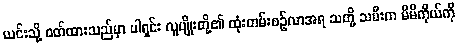
ယင်းသို့ ဝတ်ထားသည်မှာ ပါရှင်း လူမျိုးတို့၏ ထုံးတမ်းစဉ်လာအရ သတို့ သမီးက မိမိကိုယ်ကို